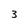
Character: 3